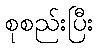
စုစည်းပြီး